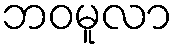
ဘဝမူလာ